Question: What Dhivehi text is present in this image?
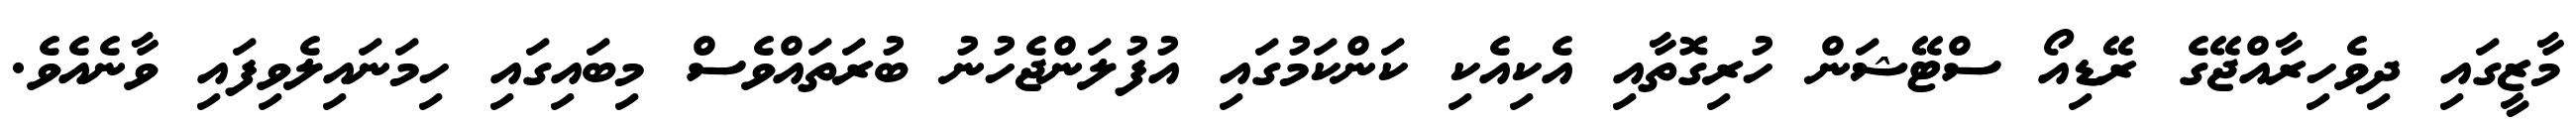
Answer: މާޒީގައި ދިވެހިރާއްޖޭގެ ރޭޑިއޯ ސްޓޭޝަން ހުރިގޮތާއި އެކިއެކި ކަންކަމުގައި އުފުލަންޖެހުނު ބުރަތައްވެސް މިބައިގައި ހިމަނައިލެވިފައި ވާނެއެވެ.